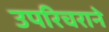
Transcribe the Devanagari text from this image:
उपरिचराने